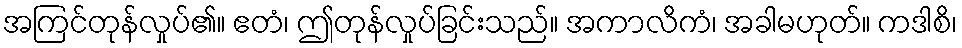
အကြင်တုန်လှုပ်၏။ ဧတံ၊ ဤတုန်လှုပ်ခြင်းသည်။ အကာလိကံ၊ အခါမဟုတ်။ ကဒါစိ၊